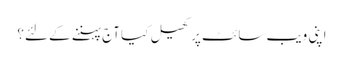
اپنی ویب سائٹ پر کھیل کیا آج پہننے کے لئے؟